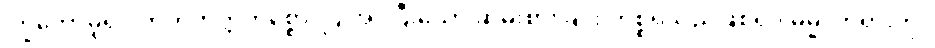
ကြွတော်မူ၍။ ကတဘတ္တကိစ္စော၊ ပြုအပ်ပြီးသော ဆွမ်းစားခြင်း ကိစ္စရှိသည်ဖြစ်၍။ ဓမ္မံ၊ တရားကို။